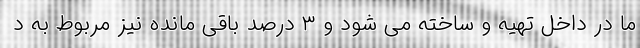
ما در داخل تهیه و ساخته می شود و ۳ درصد باقی مانده نیز مربوط به د